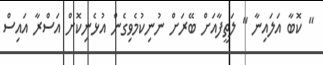
" ކޮބާ އަލައިނާ " ލަތީފާއަށް ބޭރަށް ނުނިކުމެވިގެން އުޅެނިކޮށް އަސްރާ އައިސް